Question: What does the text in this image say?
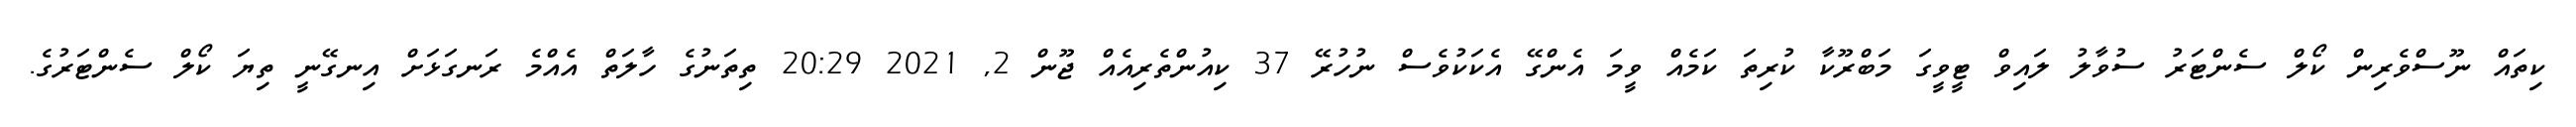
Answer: ކިތައް ނޫސްވެރިން ކޯލް ސެންޓަރު ސުވާލު ލައިވް ޓީވީގަ މަބްރޫކާ ކުރިތަ ކަމެއް ވީމަ އެންގޭ އެކަކުވެސް ނުހުރޭ 37 ކިއުންތެރިއެއް ޖޫން 2, 2021 20:29 ތިތަނުގެ ހާލަތް އެއްމެ ރަނގަޅަށް އިނގޭނީ ތިޔަ ކޯލް ސެންޓަރުގެ.